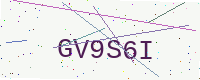
Text: GV9S6I